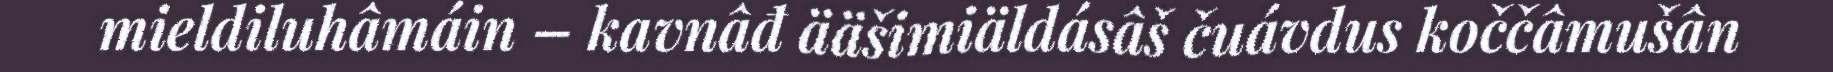
mieldiluhâmáin – kavnâđ ääšimiäldásâš čuávdus koččâmušân